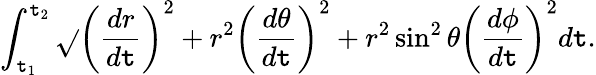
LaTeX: \int_{\mathtt{t}_{1}}^{\mathtt{t}_{2}}{\sqrt{}{{\left({\frac{{dr}}{{d\mathtt{t}}}}\right)^{2}+r^{2}\left({\frac{{d\theta}}{{d\mathtt{t}}}}\right)^{2}+r^{2}\sin^{2}\theta\left({\frac{{d\phi}}{{d\mathtt{t}}}}\right)^{2}}}}d\mathtt{t}.